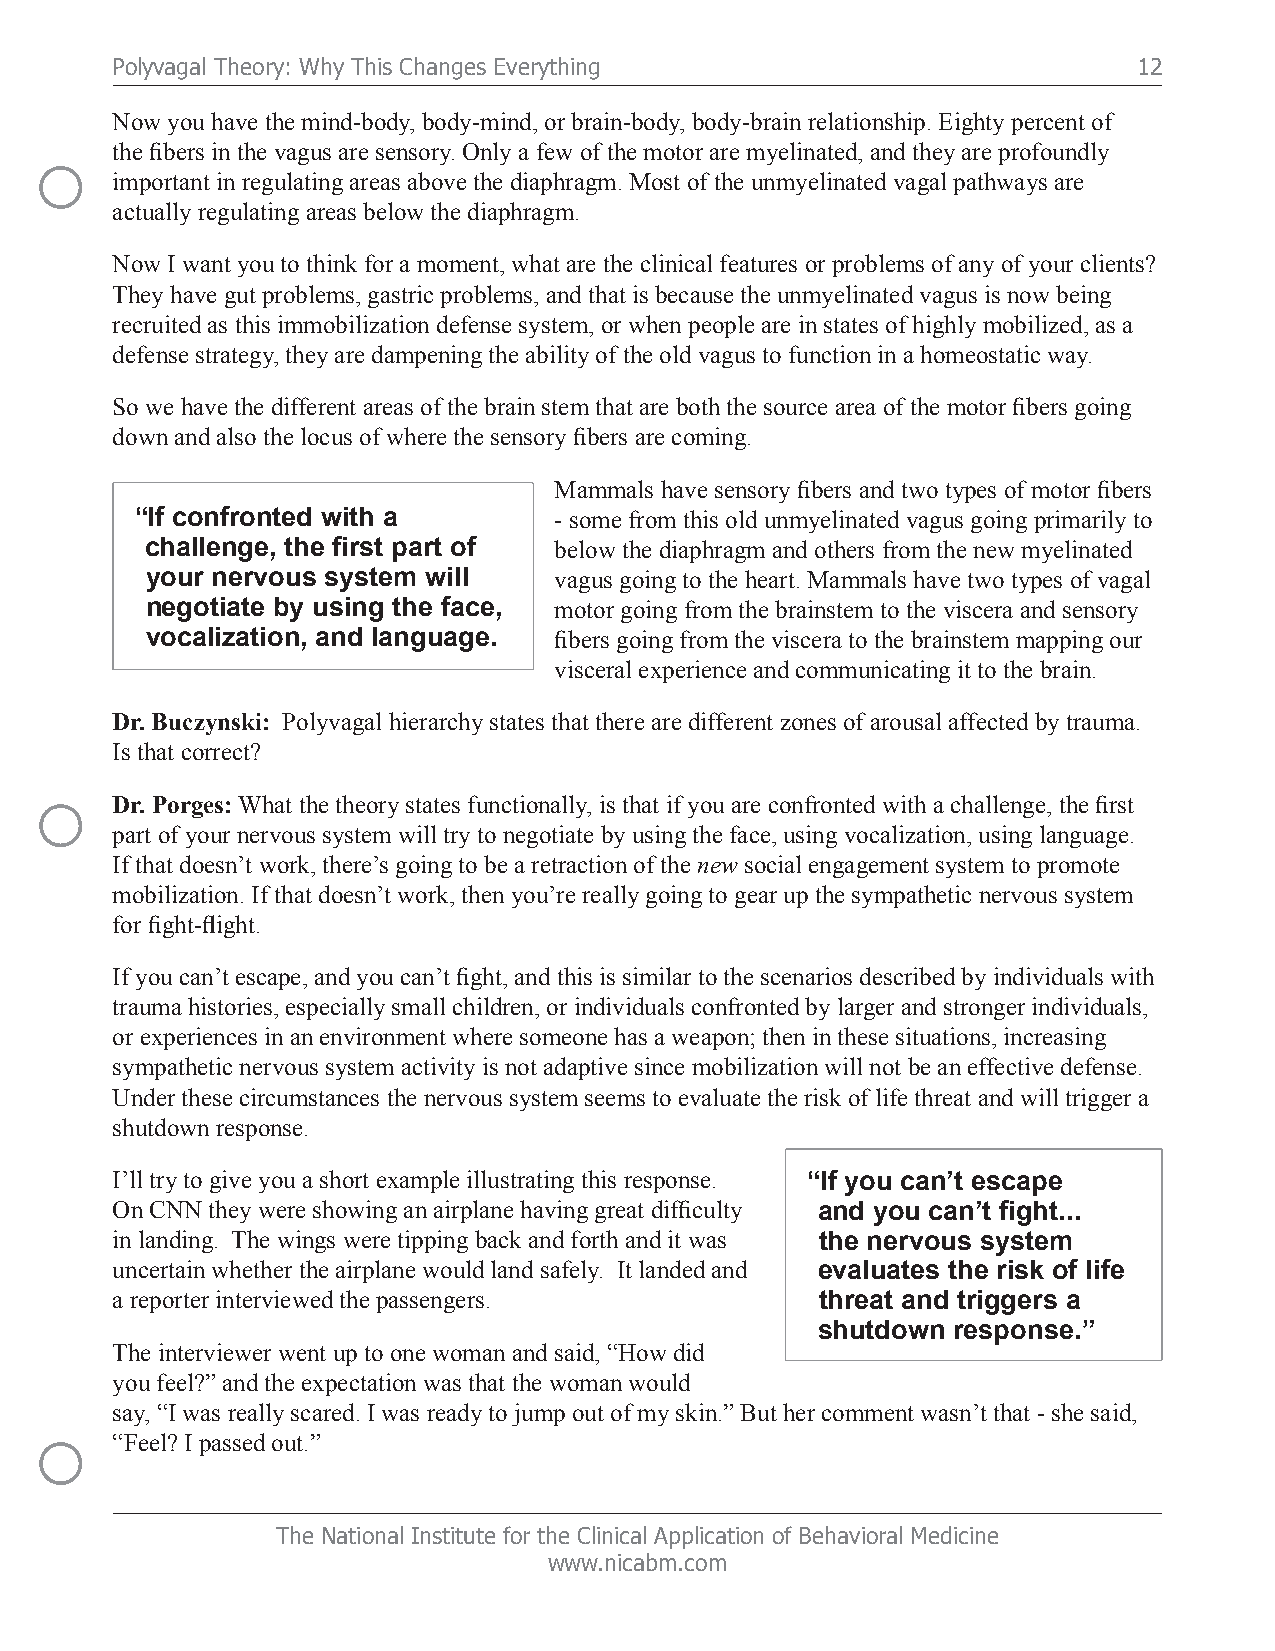
Polyvagal Theory: Why This Changes Everything                       12
 Now you have the mind-body, body-mind, or brain-body, body-brain relationship. Eighty percent of
 ○    the fibers in the vagus are sensory. Only a few of the motor are myelinated, and they are profoundly
 important in regulating areas above the diaphragm. Most of the unmyelinated vagal pathways are
 actually regulating areas below the diaphragm.
 Now I want you to think for a moment, what are the clinical features or problems of any of your clients?
 They have gut problems, gastric problems, and that is because the unmyelinated vagus is now being
 recruited as this immobilization defense system, or when people are in states of highly mobilized, as a
 defense strategy, they are dampening the ability of the old vagus to function in a homeostatic way.
 So we have the different areas of the brain stem that are both the source area of the motor fibers going
 down and also the locus of where the sensory fibers are coming.
 Mammals have sensory fibers and two types of motor fibers
 “If confronted with a       - some from this old unmyelinated vagus going primarily to
 challenge, the first part of below the diaphragm and others from the new myelinated
 your nervous system will   vagus going to the heart. Mammals have two types of vagal
 negotiate by using the face, motor going from the brainstem to the viscera and sensory
 vocalization, and language. fibers going from the viscera to the brainstem mapping our
 visceral experience and communicating it to the brain.
 Dr. Buczynski: Polyvagal hierarchy states that there are different zones of arousal affected by trauma.
 Is that correct?
 ○
 Dr. Porges: What the theory states functionally, is that if you are confronted with a challenge, the first
 part of your nervous system will try to negotiate by using the face, using vocalization, using language.
 If that doesn’t work, there’s going to be a retraction of the new social engagement system to promote
 mobilization. If that doesn’t work, then you’re really going to gear up the sympathetic nervous system
 for fight-flight.
 If you can’t escape, and you can’t fight, and this is similar to the scenarios described by individuals with
 trauma histories, especially small children, or individuals confronted by larger and stronger individuals,
 or experiences in an environment where someone has a weapon; then in these situations, increasing
 sympathetic nervous system activity is not adaptive since mobilization will not be an effective defense.
 Under these circumstances the nervous system seems to evaluate the risk of life threat and will trigger a
 shutdown response.
 I’ll try to give you a short example illustrating this response. “If you can’t escape
 On CNN they were showing an airplane having great difficulty and you can’t fight...
 in landing. The wings were tipping back and forth and it was the nervous system
 uncertain whether the airplane would land safely. It landed and evaluates the risk of life
 a reporter interviewed the passengers.         threat and triggers a
 shutdown response.”
 The interviewer went up to one woman and said, “How did
 you feel?” and the expectation was that the woman would
 say, “I was really scared. I was ready to jump out of my skin.” But her comment wasn’t that - she said,
 ○
 “Feel? I passed out.”
 The National Institute for the Clinical Application of Behavioral Medicine
 www.nicabm.com